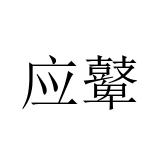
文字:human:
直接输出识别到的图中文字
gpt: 应鼙